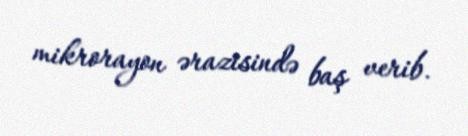
mikrorayon ərazisində baş verib.